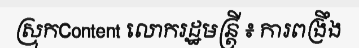
ស្រុកContent លោករដ្ឋមន្ត្រី ៖ ការពង្រឹង